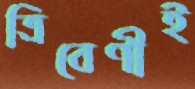
ত্রিবেণীই